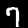
Label: 7